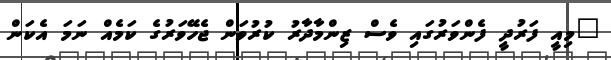
"މިއީ ފަރުދީ ފެންވަރުގައި ވެސް ޒިންމާދާރު ކުރުވަން ޖެެހޭވަރުގެ ކަމެއް ނަމަ އެކަން